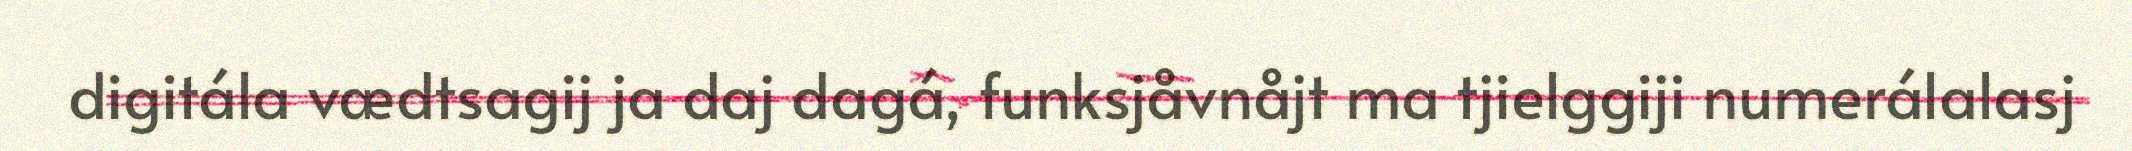
digitála vædtsagij ja daj dagá, funksjåvnåjt ma tjielggiji numerálalasj